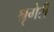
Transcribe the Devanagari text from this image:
श्रृगेरी